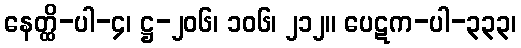
နေတ္ထိ-ပါ-၄၊ ဋ္ဌ-၂၀၆၊ ၁၀၆၊ ၂၁၂။ ပေဋက-ပါ-၃၃၃၊